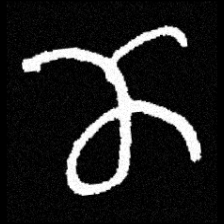
Pyu character \u2014 Myanmar letter: ဏ (romanized: nna)